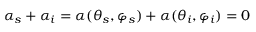
\alpha _ { s } + \alpha _ { i } = \alpha ( \theta _ { s } , \varphi _ { s } ) + \alpha ( \theta _ { i } , \varphi _ { i } ) = 0